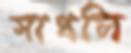
সাধলি